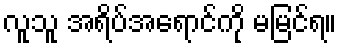
လူသူ အရိပ်အရောင်ကို မမြင်ရ။